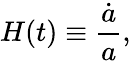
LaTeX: H(t)\equiv{\frac{\dot{a}}{a}},